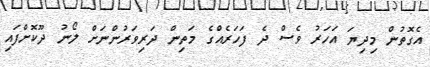
އެގޮތުން މިދިޔަ އަހަރު ވެސް ދެ ފަހަރެއްގެ މަތިން ދަރިވަރުންނަށް ލޯނު ދޫކޮށްފައި